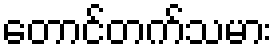
တောင်တက်သမား